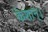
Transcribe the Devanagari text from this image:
केशान्।